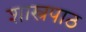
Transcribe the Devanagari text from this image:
शास्त्रपाठ